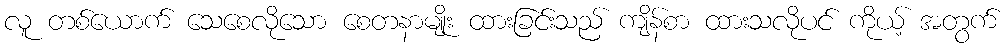
လူ တစ်ယောက် သေစေလိုသော စေတနာမျိုး ထားခြင်းသည် ကျိန်စာ ထားသလိုပင် ကိုယ့် အတွက်